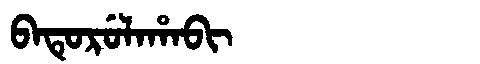
Manchu: ᠪᠠᡨᡠᡵᡠᠯᠠᡥᠠᠪᡳ
Romanization: BATURULAHABI